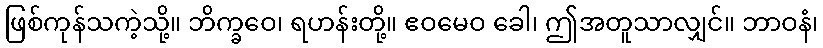
ဖြစ်ကုန်သကဲ့သို့။ ဘိက္ခဝေ၊ ရဟန်းတို့။ ဧဝမေဝ ခေါ၊ ဤအတူသာလျှင်။ ဘာဝနံ၊